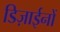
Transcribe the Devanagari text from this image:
डिज़ाईनों